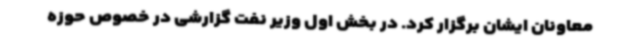
معاونان ایشان برگزار کرد. در بخش اول وزیر نفت گزارشی در خصوص حوزه